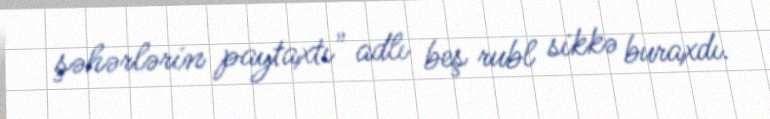
şəhərlərin paytaxtı" adlı beş rubl sikkə buraxdı.